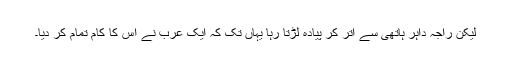
لیکن راجہ داہر ہاتھی سے اتر کر پیادہ لڑتا رہا یہاں تک کہ ایک عرب نے اس کا کام تمام کر دیا۔